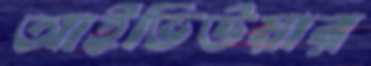
আইভিউয়ার